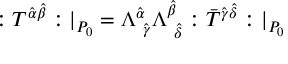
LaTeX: : T ^ { \hat { \alpha } \hat { \beta } } : | _ { P _ { 0 } } = \Lambda _ { \ \hat { \gamma } } ^ { \hat { \alpha } } \Lambda _ { \ \hat { \delta } } ^ { \hat { \beta } } : \bar { T } ^ { \hat { \gamma } \hat { \delta } } : | _ { P _ { 0 } }